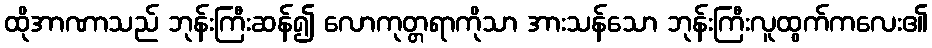
ထိုအာဏာသည် ဘုန်းကြီးဆန်၍ လောကုတ္တရာကိုသာ အားသန်သော ဘုန်းကြီးလူထွက်ကလေး၏